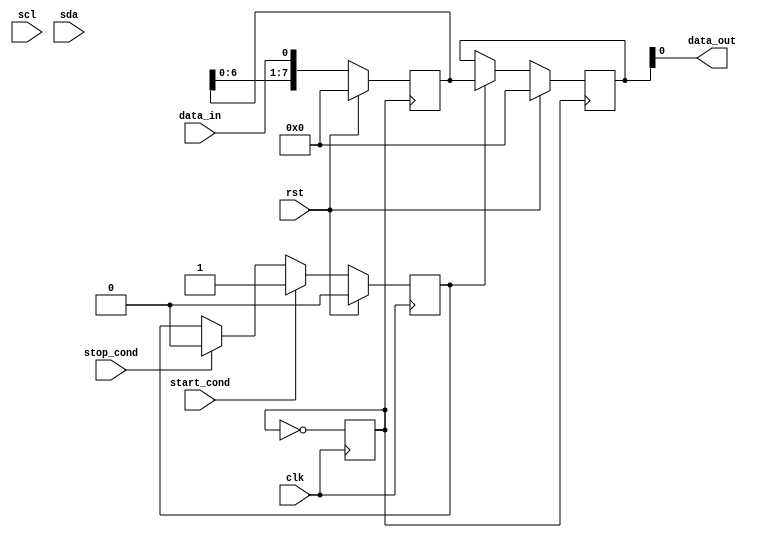
module i2c_timing_control (
    input wire clk,          // Clock signal
    input wire rst,          // Reset signal
    input wire data_in,      // Input data signal
    output wire data_out,    // Output data signal
    input wire start_cond,   // Start condition signal
    input wire stop_cond,    // Stop condition signal
    input wire scl,          // Serial clock signal
    input wire sda           // Serial data signal
);
    
    // Clock signal generation module
    reg clk_2x;
    
    always @(posedge clk) begin
        clk_2x <= ~clk_2x;
    end
    
    // Data sampling and synchronization module
    reg [7:0] data_reg;
    
    always @(posedge clk_2x) begin
        if (rst) begin
            data_reg <= 8'b0;
        end else begin
            data_reg <= {data_reg[6:0], data_in};
        end
    end
    
    // Arbitration and timing control module
    reg start_flag;
    
    always @(posedge clk) begin
        if (rst) begin
            start_flag <= 1'b0;
        end else if (start_cond) begin
            start_flag <= 1'b1;
        end else if (stop_cond) begin
            start_flag <= 1'b0;
        end
    end
    
    // Data transfer and address resolution module
    reg [7:0] address_reg;
    
    always @(posedge clk_2x) begin
        if (rst) begin
            address_reg <= 8'b0;
        end else begin
            address_reg <= start_flag ? {address_reg[6:0], data_reg} : address_reg;
        end
    end
    
    // Bus arbitration module
    
    // Synchronization block
    assign data_out = address_reg[0];
    
endmodule